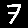
Digit: 7